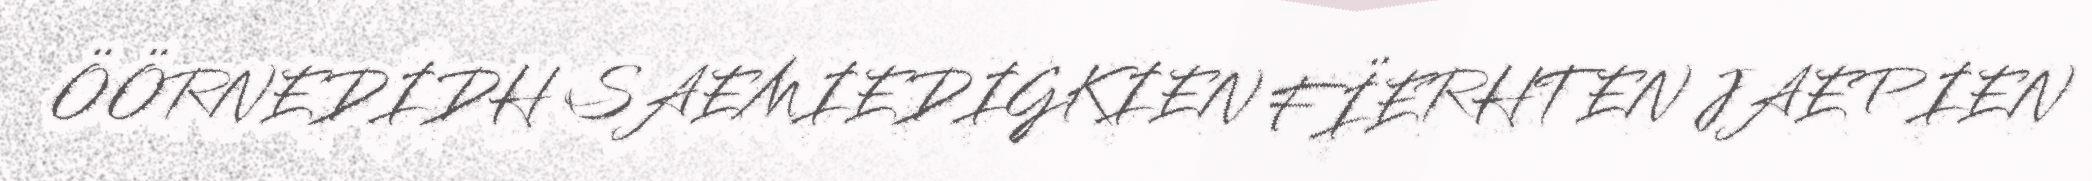
ÖÖRNEDIDH SAEMIEDIGKIEN FÏERHTEN JAEPIEN